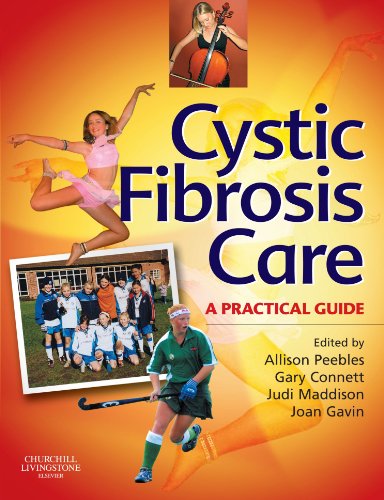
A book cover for Cystic Fibrosis Care: A Practical Guide, 1e; Allison Peebles MCSP; Health, Fitness & Dieting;